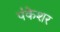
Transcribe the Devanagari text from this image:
पंकेशर